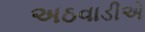
અઠવાડીએ